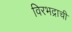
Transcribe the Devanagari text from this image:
विरभद्राची